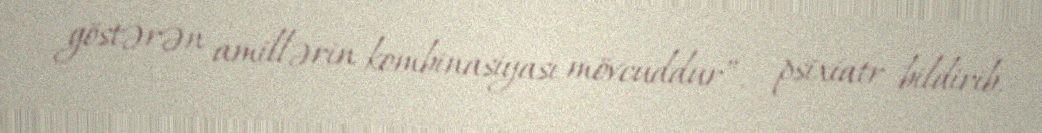
göstərən amillərin kombinasiyası mövcuddur”, - psixiatr bildirib.